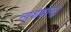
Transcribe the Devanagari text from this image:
नाशवान्।